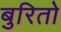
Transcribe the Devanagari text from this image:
बुरितो